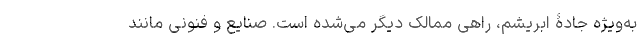
به‌ویژه جادۀ ابریشم، راهی ممالک دیگر می‌شده است. صنایع و فنونی مانند